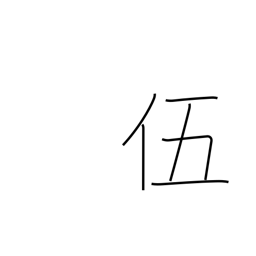
Meaning: five-man squad